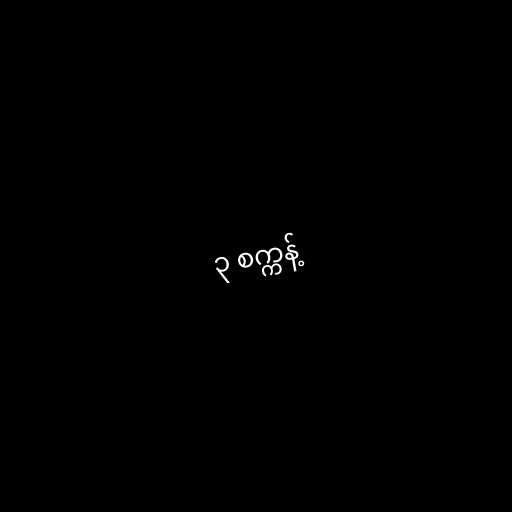
၃ စက္ကန့်